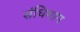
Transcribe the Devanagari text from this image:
संधिमान